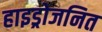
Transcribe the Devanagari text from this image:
हाइड्रोजनित